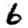
Digit: 6